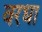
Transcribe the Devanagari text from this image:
वरधा